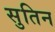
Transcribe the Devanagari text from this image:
सुतिन